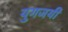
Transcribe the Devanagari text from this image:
युगजयी